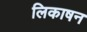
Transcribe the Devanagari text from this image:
लिकाषन